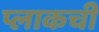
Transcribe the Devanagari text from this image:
प्लाकची